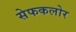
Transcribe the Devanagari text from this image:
सेफकलोर